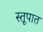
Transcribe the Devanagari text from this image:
स्तूपात